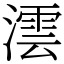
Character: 澐